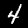
Digit: 4